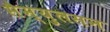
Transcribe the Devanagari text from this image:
सैम्युलसन